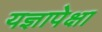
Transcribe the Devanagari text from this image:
यज्ञापेक्षा